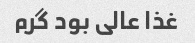
غذا عالی بود گرم